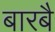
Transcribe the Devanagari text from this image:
बारबै